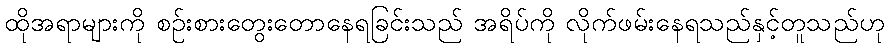
ထိုအရာများကို စဉ်းစားတွေးတောနေရခြင်းသည် အရိပ်ကို လိုက်ဖမ်းနေရသည်နှင့်တူသည်ဟု